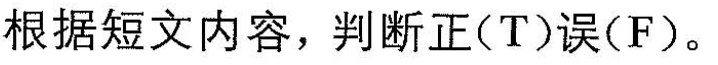
根据短文内容,判断正(T)误(F)。